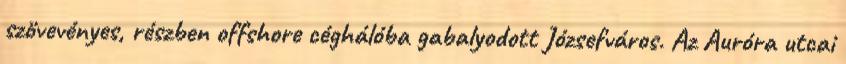
szövevényes, részben offshore céghálóba gabalyodott Józsefváros. Az Auróra utcai